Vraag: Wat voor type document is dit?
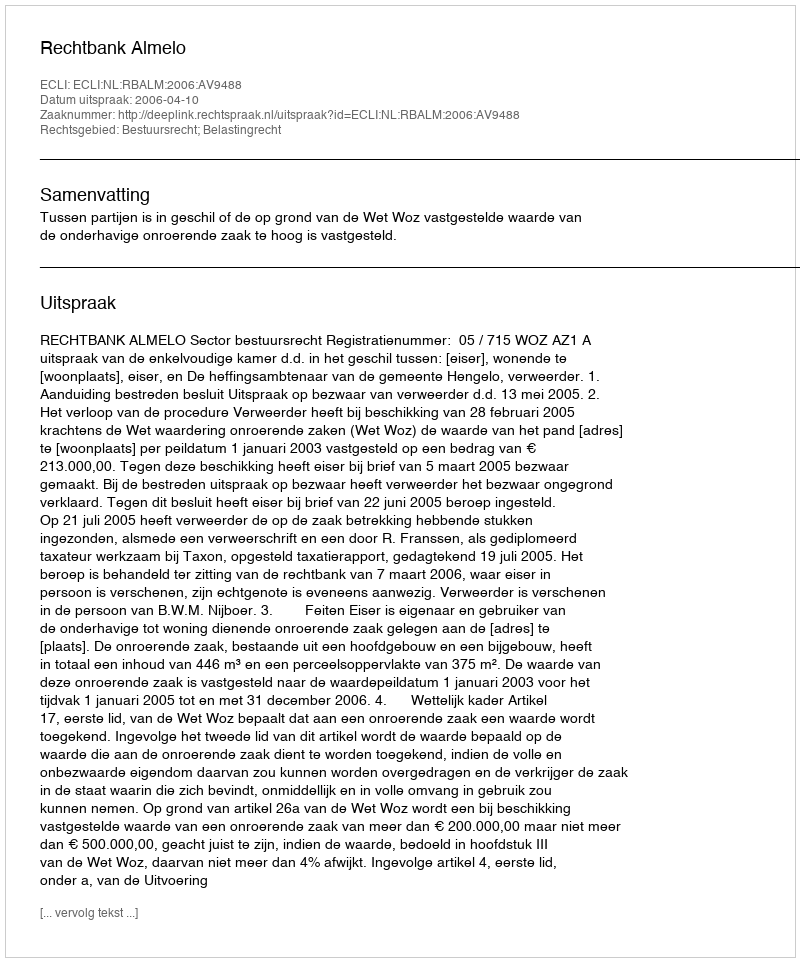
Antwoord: Uitspraak